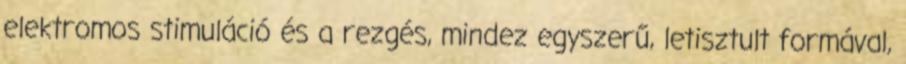
elektromos stimuláció és a rezgés, mindez egyszerű, letisztult formával,